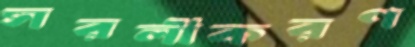
সরলীকরণ